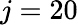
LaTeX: j=20